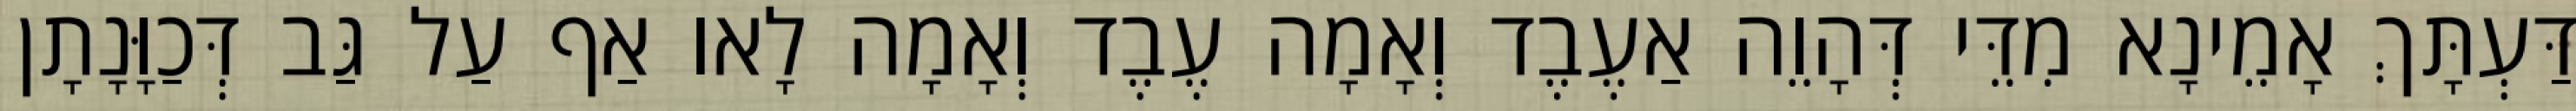
דַּעְתָּךְ אָמֵינָא מִדֵּי דְּהָוֵה אַעֶבֶד וְאָמָה עֶבֶד וְאָמָה לָאו אַף עַל גַּב דְּכַוָּנָתָן